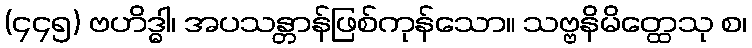
(၄၄၅) ဗဟိဒ္ဓါ၊ အပသန္တာန်ဖြစ်ကုန်သော။ သဗ္ဗနိမိတ္ထေသု စ၊